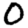
Digit: 0